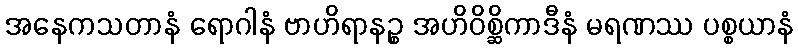
အနေကသတာနံ ရောဂါနံ ဗာဟိရာနဉ္စ အဟိဝိစ္ဆိကာဒီနံ မရဏဿ ပစ္စယာနံ